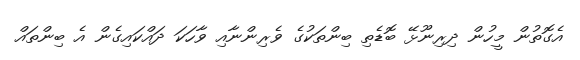
އެގޮތުން މީހުން ދިރިނޫޅޭ ބޮޑެތި ބިންތަކުގެ ވެރިންނާއި ވާހަކަ ދައްކައިގެން އެ ބިންތައް